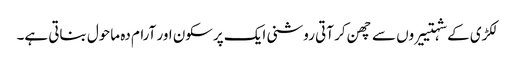
لکڑی کے شہتییروں سے چھن کر آتی روشنی ایک پرسکون اور آرام دہ ماحول بناتی ہے۔